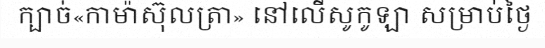
ក្បាច់«កាម៉ាស៊ុលត្រា» នៅលើសូកូឡា សម្រាប់ថ្ងៃ